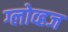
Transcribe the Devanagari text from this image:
ग्लोव्हज